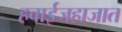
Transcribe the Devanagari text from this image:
हवाईजहाजात